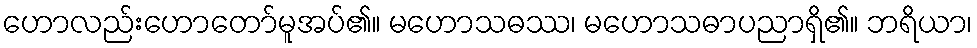
ဟောလည်းဟောတော်မူအပ်၏။ မဟောသဓဿ၊ မဟောသဓာပညာရှိ၏။ ဘရိယာ၊